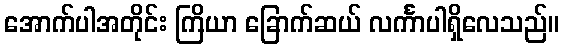
အောက်ပါအတိုင်း ကြိယာ ခြောက်ဆယ် လင်္ကာပါရှိလေသည်။